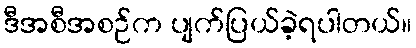
ဒီအစီအစဉ်က ပျက်ပြယ်ခဲ့ရပါတယ်။